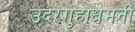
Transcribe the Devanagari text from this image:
उदरगुहाधमनी